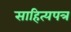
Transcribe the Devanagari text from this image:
साहित्यपत्र